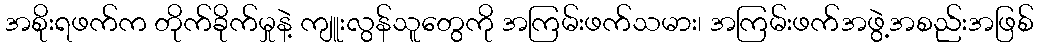
အစိုးရဖက်က တိုက်ခိုက်မှုနဲ့ ကျူးလွန်သူတွေကို အကြမ်းဖက်သမား၊ အကြမ်းဖက်အဖွဲ့အစည်းအဖြစ်